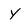
Character: Y